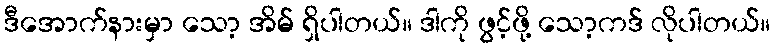
ဒီအောက်နားမှာ သော့ အိမ် ရှိပါတယ်။ ဒါကို ဖွင့်ဖို့ သော့ကဒ် လိုပါတယ်။